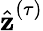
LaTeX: \hat{\textbf{z}}^{(\tau)}